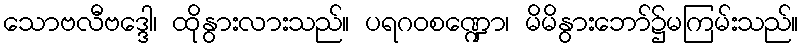
သောဗလီဗဒ္ဒေါ၊ ထိုနွားလားသည်။ ပရဂဝစဏ္ဍော၊ မိမိနွားဘော်၌မကြမ်းသည်။